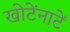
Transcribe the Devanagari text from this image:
खोटेंनाटें